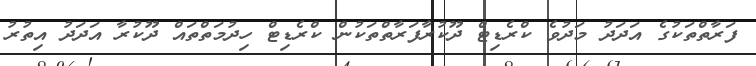
ފަރާތްތަކުގެ އަދަދު މަދުވެ ކްރެޑިޓް ދޫކުރާފަރާތްތަކުން ކްރެޑިޓް ހިދުމަތްތައް ދޫކުރާ އަދަދު އިތުރު